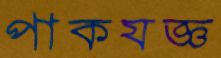
পাকযজ্ঞ